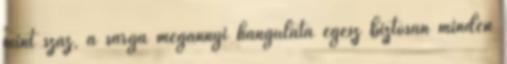
mint száz, a sárga megannyi hangulata egész biztosan minden